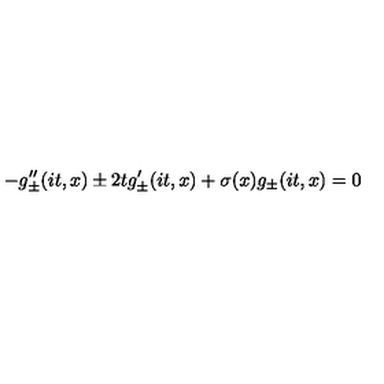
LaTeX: - g _ { \pm } ^ { \prime \prime } ( i t , x ) \pm 2 t g _ { \pm } ^ { \prime } ( i t , x ) + \sigma ( x ) g _ { \pm } ( i t , x ) = 0